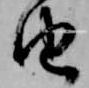
由